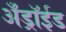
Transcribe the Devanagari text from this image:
अँड्रॉईड